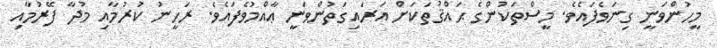
މީހުންވަނީ ގިނަވެފައެވެ. މީސްތަކުންގެ ޙައްޤުތަކަށް އަރައިގަތުންވަނީ ޢާއްމުވެފައެވެ. ރަހީނު ކުރުމާއި މުދާ ފޭރުމާއި